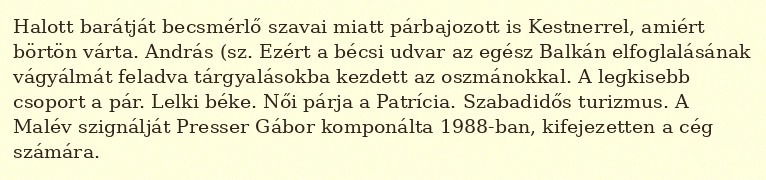
Halott barátját becsmérlő szavai miatt párbajozott is Kestnerrel, amiért börtön várta. András (sz. Ezért a bécsi udvar az egész Balkán elfoglalásának vágyálmát feladva tárgyalásokba kezdett az oszmánokkal. A legkisebb csoport a pár. Lelki béke. Női párja a Patrícia. Szabadidős turizmus. A Malév szignálját Presser Gábor komponálta 1988-ban, kifejezetten a cég számára.